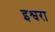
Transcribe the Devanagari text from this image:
इश्वरा